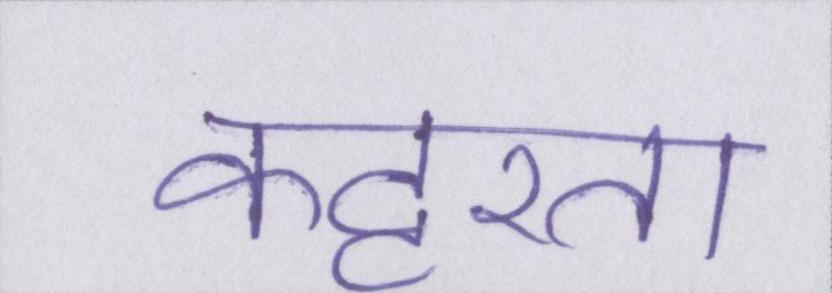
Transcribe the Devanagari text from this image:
कट्टरता